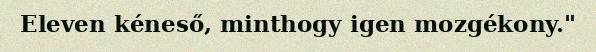
Eleven kéneső, minthogy igen mozgékony."